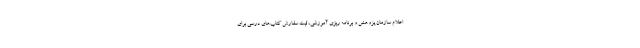
اعلام سازمان پژوهش و برنامه ریزی آموزشی، ثبت سفارش کتاب‌های درسی برای